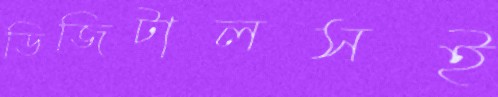
ডিজিটালসই